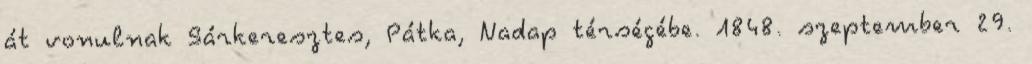
át vonulnak Sárkeresztes, Pátka, Nadap térségébe. 1848. szeptember 29.